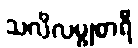
သလိလမ္ဗုစာရီ